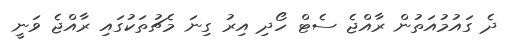
ދެ ގައުމުއަތުން ރާއްޖެ ސެޓް ހޯދި އިރު ގިނަ މެޗުތަކުގައި ރާއްޖެ ވަނީ